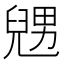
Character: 𠒰